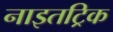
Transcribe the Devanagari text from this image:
नाइतट्रिक